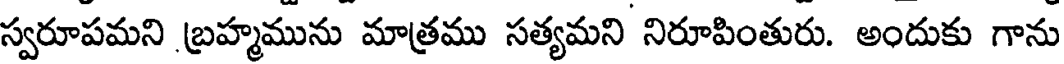
స్వరూపమని బ్రహ్మమును మాత్రము సత్యమని నిరూపింతురు. అందుకు గాను